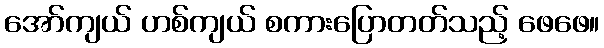
အော်ကျယ် ဟစ်ကျယ် စကားပြောတတ်သည့် ဖေဖေ။